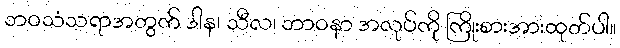
ဘဝသံသရာအတွက် ဒါန၊ သီလ၊ ဘာဝနာ အလုပ်ကို ကြိုးစားအားထုတ်ပါ။